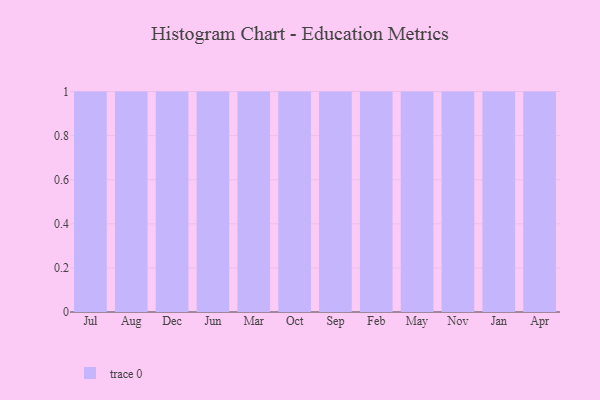
{"axis": {"x": "Month", "y": "Temperature (°C)"}, "legend": [""], "data": [{"x": "Jul", "y": 97, "type": ""}, {"x": "Aug", "y": 57, "type": ""}, {"x": "Dec", "y": 58, "type": ""}, {"x": "Jun", "y": 43, "type": ""}, {"x": "Mar", "y": 58, "type": ""}, {"x": "Oct", "y": 36, "type": ""}, {"x": "Sep", "y": 82, "type": ""}, {"x": "Feb", "y": 19, "type": ""}, {"x": "May", "y": 23, "type": ""}, {"x": "Nov", "y": 48, "type": ""}, {"x": "Jan", "y": 74, "type": ""}, {"x": "Apr", "y": 97, "type": ""}]}